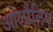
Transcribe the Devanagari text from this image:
ओलौलिम